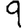
Digit: 9